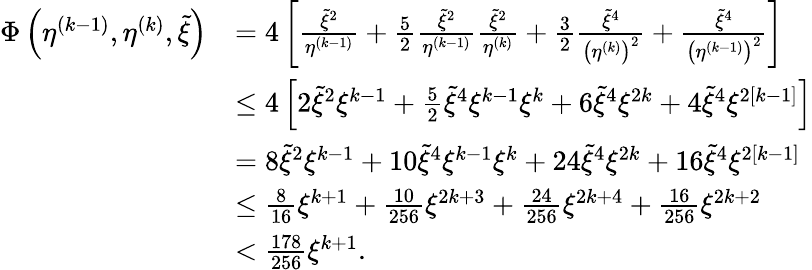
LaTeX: \begin{array}{rl}{\Phi\left(\eta^{(k-1)},\eta^{(k)},\tilde{\xi}\right)}&{=4\left[\frac{\tilde{\xi}^{2}}{\eta^{(k-1)}}+\frac{5}{2}\frac{\tilde{\xi}^{2}}{\eta^{(k-1)}}\frac{\tilde{\xi}^{2}}{\eta^{(k)}}+\frac{3}{2}\frac{\tilde{\xi}^{4}}{\left(\eta^{(k)}\right)^{2}}+\frac{\tilde{\xi}^{4}}{\left(\eta^{(k-1)}\right)^{2}}\right]}\\ &{\leq 4\left[2\tilde{\xi}^{2}\xi^{k-1}+\frac{5}{2}\tilde{\xi}^{4}\xi^{k-1}\xi^{k}+6\tilde{\xi}^{4}\xi^{2k}+4\tilde{\xi}^{4}\xi^{2[k-1]}\right]}\\ &{=8\tilde{\xi}^{2}\xi^{k-1}+10\tilde{\xi}^{4}\xi^{k-1}\xi^{k}+24\tilde{\xi}^{4}\xi^{2k}+16\tilde{\xi}^{4}\xi^{2[k-1]}}\\ &{\leq\frac{8}{16}\xi^{k+1}+\frac{10}{256}\xi^{2k+3}+\frac{24}{256}\xi^{2k+4}+\frac{16}{256}\xi^{2k+2}}\\ &{<\frac{178}{256}\xi^{k+1}.}\end{array}